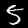
Label: 5